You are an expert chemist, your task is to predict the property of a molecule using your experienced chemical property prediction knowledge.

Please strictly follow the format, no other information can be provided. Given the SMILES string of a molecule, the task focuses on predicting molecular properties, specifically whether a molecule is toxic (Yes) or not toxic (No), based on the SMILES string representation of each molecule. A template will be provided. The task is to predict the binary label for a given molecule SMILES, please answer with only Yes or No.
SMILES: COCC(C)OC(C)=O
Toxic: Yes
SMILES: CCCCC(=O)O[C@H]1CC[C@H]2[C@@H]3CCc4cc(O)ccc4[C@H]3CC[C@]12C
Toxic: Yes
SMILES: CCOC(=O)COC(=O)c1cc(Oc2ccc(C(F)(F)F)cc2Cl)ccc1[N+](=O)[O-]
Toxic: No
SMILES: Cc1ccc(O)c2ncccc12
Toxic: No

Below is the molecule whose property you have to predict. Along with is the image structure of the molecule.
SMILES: CC(=O)c1ccccc1[N+](=O)[O-]
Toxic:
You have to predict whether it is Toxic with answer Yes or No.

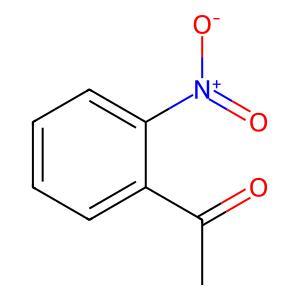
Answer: No